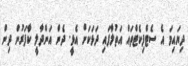
ދިޔައިމަ އެ ސެޓްފިކެޓްތައް އަތުލާފައި ދަޅަކަށް އެޅީ. ދެން އަންދާލީ ކާފަރުން ދިން